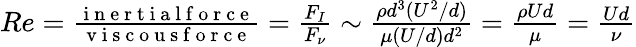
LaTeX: \begin{array}{r}{Re=\frac{\mathrm{~i~n~e~r~t~i~a~l~f~o~r~c~e~}}{\mathrm{~v~i~s~c~o~u~s~f~o~r~c~e~}}=\frac{F_{I}}{F_{\nu}}\sim\frac{\rho d^{3}(U^{2}/d)}{\mu(U/d)d^{2}}=\frac{\rho Ud}{\mu}=\frac{Ud}{\nu}}\end{array}